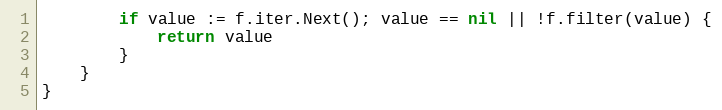
Language: Go
		if value := f.iter.Next(); value == nil || !f.filter(value) {
			return value
		}
	}
}